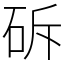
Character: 䂨